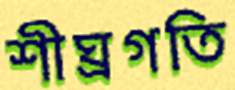
শীঘ্রগতি